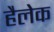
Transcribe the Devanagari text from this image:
हैलेक